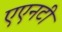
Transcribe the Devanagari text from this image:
एएनटी